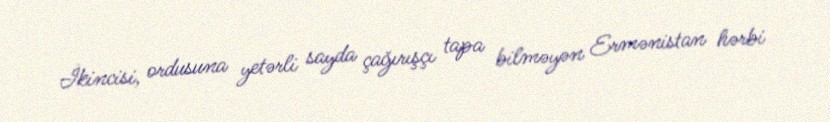
İkincisi, ordusuna yetərli sayda çağırışçı tapa bilməyən Ermənistan hərbi